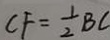
C F = \frac { 1 } { 2 } B C